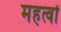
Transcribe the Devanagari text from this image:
महत्वों